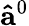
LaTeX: \mathbf{\hat{a}}^{0}